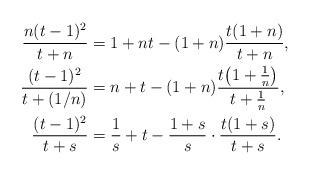
LaTeX: \begin{align*}{n(t-1)^2\over t+n}&=1+nt-(1+n){t(1+n)\over t+n}, \\{(t-1)^2\over t+(1/n)}&=n+t-(1+n){t\bigl(1+{1\over n}\bigr)\over t+{1\over n}}, \\{(t-1)^2\over t+s}&={1\over s}+t-{1+s\over s}\cdot{t(1+s)\over t+s}.\end{align*}